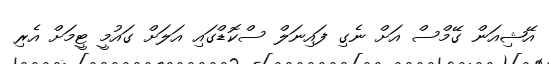
އޭޝިއަން ގޭމްސް އަށް ނެގި ފައިނަލް ސްކޮޑްގައި އަލަށް ގައުމީ ޓީމަށް އެރި